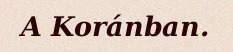
A Koránban.